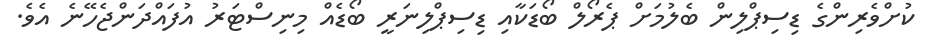
ކުށްވެރިންގެ ޑިސިޕްލިން ބެލުމަށް ޕެރޯލް ބޯޑަކާއި ޑިސިޕްލިނަރީ ބޯޑެއް މިނިސްޓަރު އުފައްދަންޖެހޭނެ އެވެ.